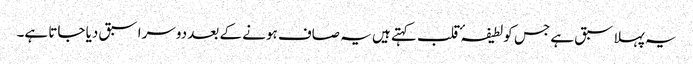
یہ پہلا سبق ہے جس کو لطیفہٴ قلب کہتے ہیں یہ صاف ہونے کے بعد دوسرا سبق دیا جاتا ہے۔